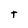
Character: t